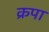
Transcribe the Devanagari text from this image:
क्रपा